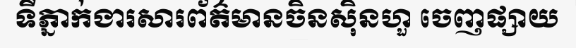
ទីភ្នាក់ងារសារព័ត៌មានចិនស៊ិនហួ ចេញផ្សាយ